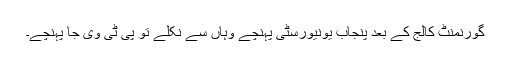
گورنمنٹ کالج کے بعد پنجاب یونیورسٹی پہنچے وہاں سے نکلے تو پی ٹی وی جا پہنچے۔